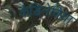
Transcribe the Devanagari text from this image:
कैडिनेविया